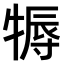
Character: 𤚾